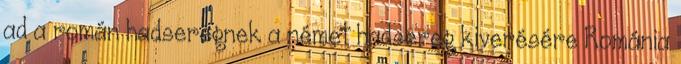
ad a román hadseregnek a német hadsereg kiverésére Románia